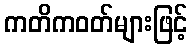
ကတိကဝတ်များဖြင့်